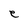
Character: e